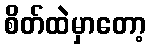
စိတ်ထဲမှာတော့